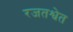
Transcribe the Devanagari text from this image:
रजतश्वेत